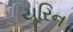
યૂરિન